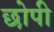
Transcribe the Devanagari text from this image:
छोपी